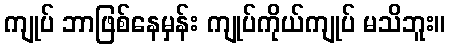
ကျုပ် ဘာဖြစ်နေမှန်း ကျုပ်ကိုယ်ကျုပ် မသိဘူး။